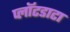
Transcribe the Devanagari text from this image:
प्लॉटडाटा